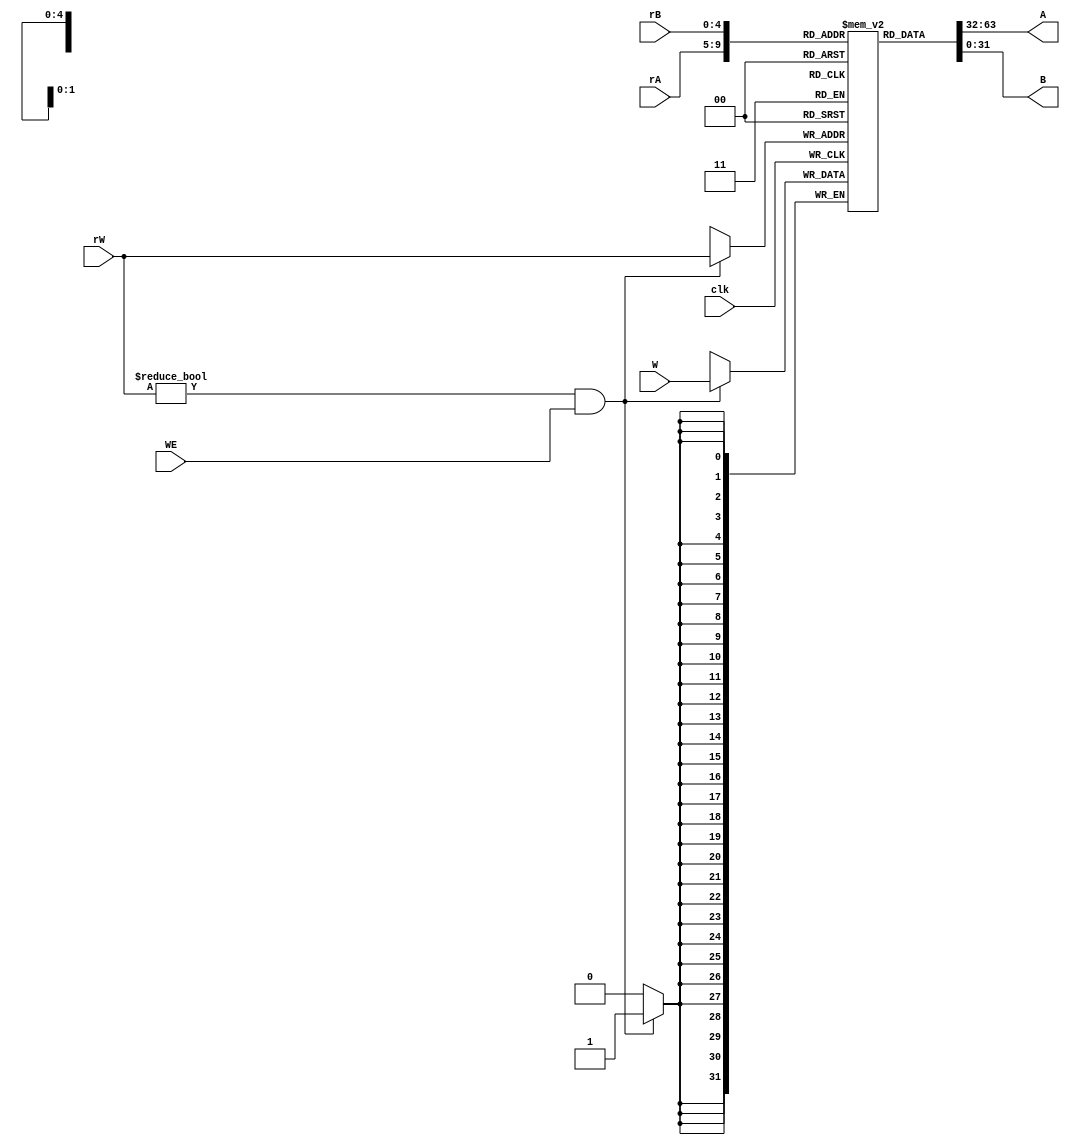
module regfile(clk, WE, rW, rA, rB, W, A, B);

input clk, WE;//write enable control
input [4:0] rW, rA, rB;//register addr
input [31:0] W;//data to rW
output [31:0] A, B;//data from rA,rB

reg [31:0] register [31:0];//32 registers
integer i;

initial
	begin
	   for (i = 0; i < 32; i = i + 1)
		  register[i] = 0;//register
	end

assign A = register[rA];
assign B = register[rB];

always @(posedge clk)
	begin
		if ((rW != 0) && (WE == 1))
			begin
				register[rW] <= W;
			end
	end
endmodule